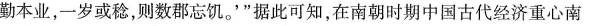
野丰，民勤本业，一岁或稔，则数郡忘饥。'”据此可知，在南朝时期中国古代经济